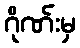
ဂိုဏ်းမှ